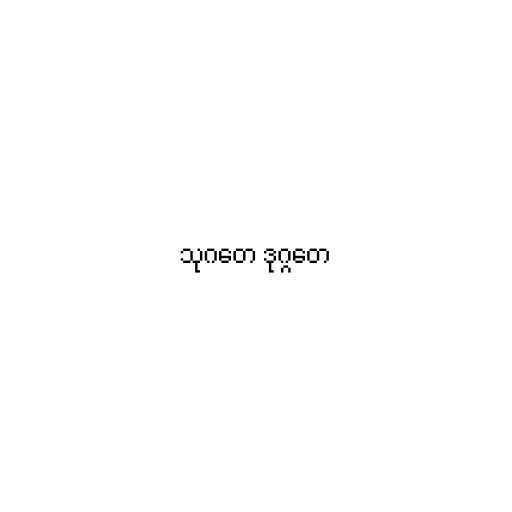
သုဂတေ ဒုဂ္ဂတေ